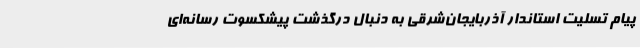
پیام تسلیت استاندار آذربایجان‌شرقی به دنبال درگذشت پیشکسوت رسانه‌ای